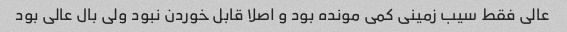
عالی فقط سیب زمینی کمی مونده بود و اصلا قابل خوردن نبود ولی بال عالی بود